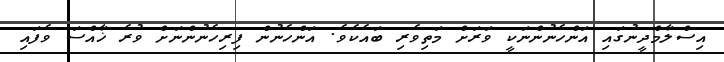
އިސްލާމްދީނުގައި އަންހެނުންނަކީ ވަރަށް މަތިވެރި ބައެކެވެ. އަންހެނުން ފިރިހެނުންނަށް ވުރެ ޚާއްސަ ވެފައި